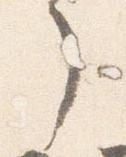
了